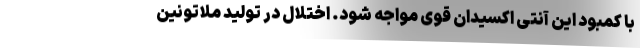
با کمبود این آنتی اکسیدان قوی مواجه شود. اختلال در تولید ملاتونین